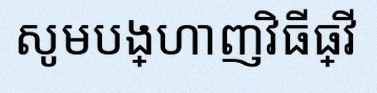
សូមបង្ហាញវិធីធ្វើ